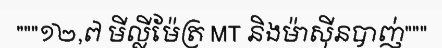
"""១២,៧ មីល្លីម៉ែត្រ MT និងម៉ាស៊ីនបាញ់"""